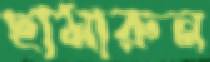
ছামারুন